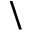
\backslash